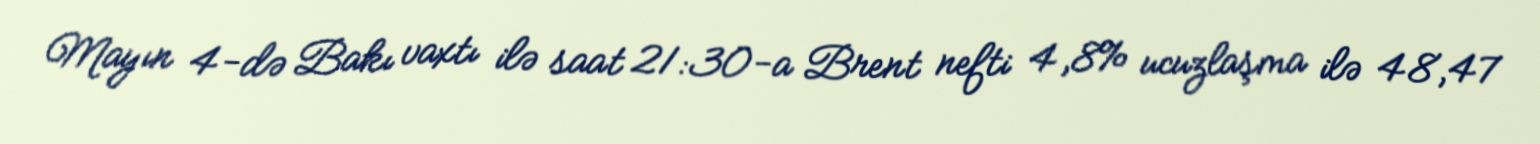
Mayın 4-də Bakı vaxtı ilə saat 21:30-a Brent nefti 4,8% ucuzlaşma ilə 48,47